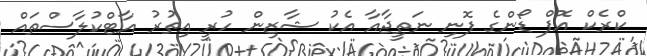
ކްރެކް އޮފް ޑޯންގެ ފޮނި ނަތީޖާއާ އެކު ޝާޒިން ހުރީ އިތުރު އާޓްކުލާސްތައް